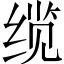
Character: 缆